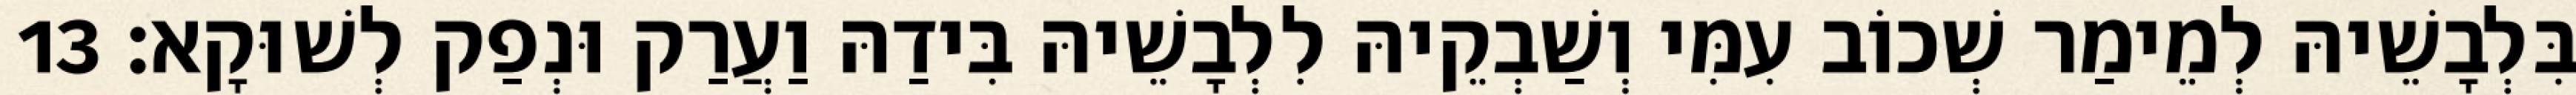
בִּלְבָשֵׁיהּ לְמֵימַר שְׁכוֹב עִמִּי וְשַׁבְקֵיהּ לִלְבָשֵׁיהּ בִּידַהּ וַעֲרַק וּנְפַק לְשׁוּקָא׃ 13